Vaccine operations Central Provinces & Berar 1922-1929 - 1922-1929
Year: 1922
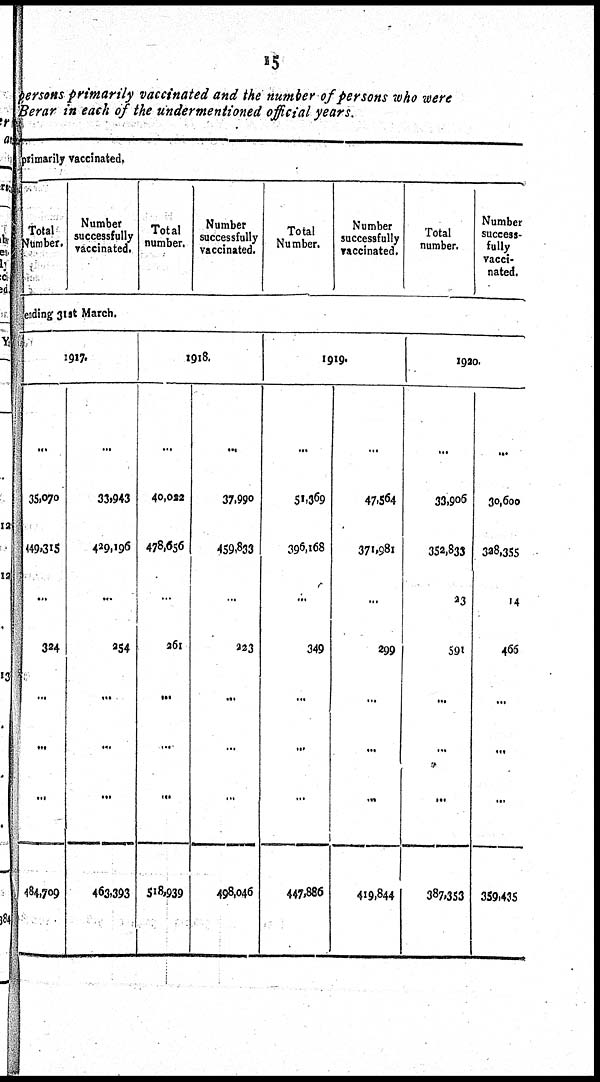
15
persons primarily vaccinated and the number of persons who were
Berar in each of the undermentioned official years.
primarily vaccinated.
Total
Number.
Number
successfully
vaccinated.
Total
number.
Number
successfully
vaccinated.
Total
Number.
Number
successfully
vaccinated.
Total
number.
Number
success-
fully
vacci-
nated.
ending 31st March.
1917.
...
35,070
449,315
...
324
...
...
...
484,709
...
33,943
429,196
...
254
...
...
...
463,393
1918.
...
40,022
478,656
...
261
...
....
...
518,939
...
37,990
459,833
...
223
...
...
...
498,046
1919.
...
51,369
396,168
...
349
...
...
...
447,886
...
47,564
371,981
...
299
...
...
...
419,844
1920.
...
33,906
352,833
23
591
...
...
...
387,353
...
30,600
328,355
14
466
...
...
...
359,435